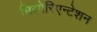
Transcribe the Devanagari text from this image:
मिसोरिएन्टेशन